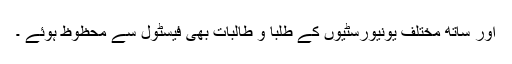
اور ساتھ مختلف یونیورسٹیوں کے طلبا و طالبات بھی فیسٹول سے محظوظ ہوئے ۔